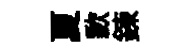
夏歉鍊